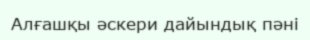
Алғашқы әскери дайындық пәні